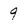
Character: 9